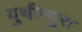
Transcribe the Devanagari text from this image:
युथीन्युरा